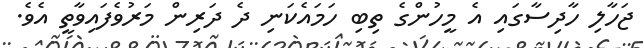
ޖަހާލި ހާދިސާގައި އެ މީހުންގެ ތިބި ހަމައެކަނި ދެ ދަރިން މަރުވެފައިވާތީ އެވެ.